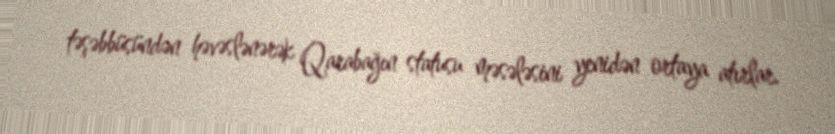
təşəbbüsündən həvəslənərək Qarabağın statusu məsələsini yenidən ortaya atırlar.